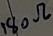
Text: 180Ω